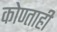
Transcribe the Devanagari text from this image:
कोण्ताही